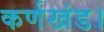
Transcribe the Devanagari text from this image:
कर्णखंड।